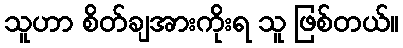
သူဟာ စိတ်ချအားကိုးရ သူ ဖြစ်တယ်။